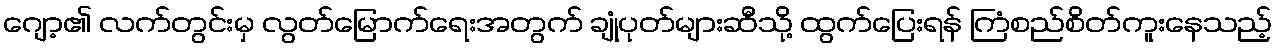
ဂျော့၏ လက်တွင်းမှ လွတ်မြောက်ရေးအတွက် ချုံပုတ်များဆီသို့ ထွက်ပြေးရန် ကြံစည်စိတ်ကူးနေသည့်